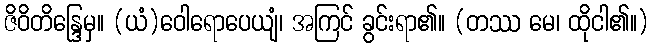
ဇိဝိတိန္ဒြေမှ။ (ယံ)ဝေါရောပေယျံ၊ အကြင် ခွင်းရာ၏။ (တဿ မေ၊ ထိုငါ၏။)